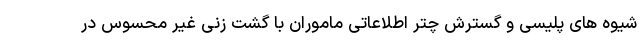
شیوه های پلیسی و گسترش چتر اطلاعاتی ماموران با گشت زنی غیر محسوس در